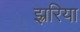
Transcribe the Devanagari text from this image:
झ्ररिया